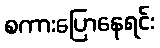
စကားပြောနေရင်း